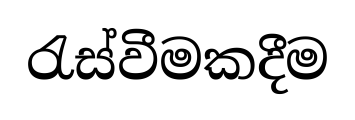
රැස්වීමකදීම